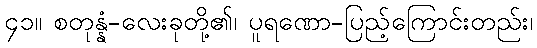
၄၁။ စတုန္နံ-လေးခုတို့၏၊ ပူရဏော-ပြည့်ကြောင်းတည်း၊